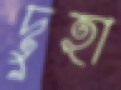
দুহা